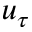
u _ { \tau }